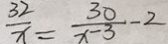
\frac { 3 2 } { x } = \frac { 3 0 } { x - 3 } - 2